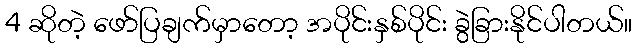
4 ဆိုတဲ့ ဖော်ပြချက်မှာတော့ အပိုင်းနှစ်ပိုင်း ခွဲခြားနိုင်ပါတယ်။